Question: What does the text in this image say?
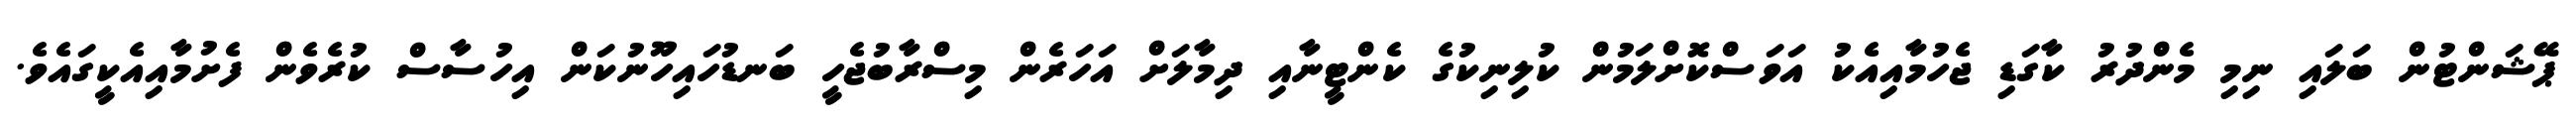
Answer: ޕޭޝަންޓުން ބަލައި ނިމި މެންދުރު ކާގަޑި ޖެހުމާއިއެކު އަވަސްކޮށްލަމުން ކުލިނިކުގެ ކެންޓީނާއި ދިމާލަށް އަހަރެން މިސްރާބުޖެހީ ބަނޑުހައިހޫނުކަން އިހުސާސް ކުރެވެން ފެށުމާއިއެކީގައެވެ.